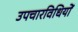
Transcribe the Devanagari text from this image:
उपचारविधियों